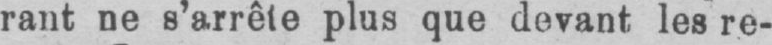
rant ne s’arrête plus que devant les re-